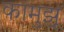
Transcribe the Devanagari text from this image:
कामुझू